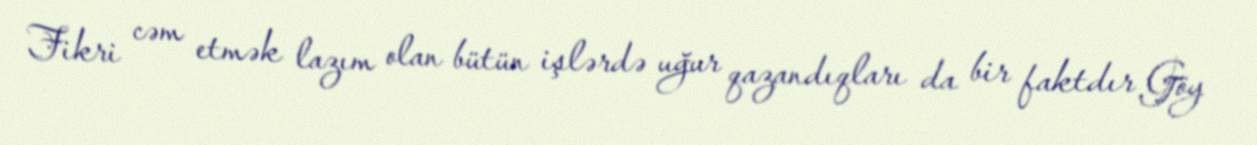
Fikri cəm etmək lazım olan bütün işlərdə uğur qazandıqları da bir faktdır Göy